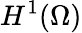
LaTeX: H^{1}(\Omega)